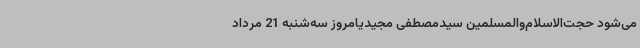
می‌شود حجت‌الاسلام‌والمسلمین سیدمصطفی مجیدیامروز سه‌شنبه 21 مرداد